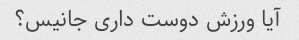
آیا ورزش دوست داری جانیس؟